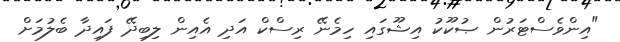
"އިންވެސްޓަރުން ޞުކޫކު އިޝޫގައި ހިމެނޭ ރިސްކް އަދި އެއިން ލިބިދޭ ފައިދާ ބެލުމަށް